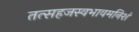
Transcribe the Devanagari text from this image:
तत्सहजस्वभावमनिशं